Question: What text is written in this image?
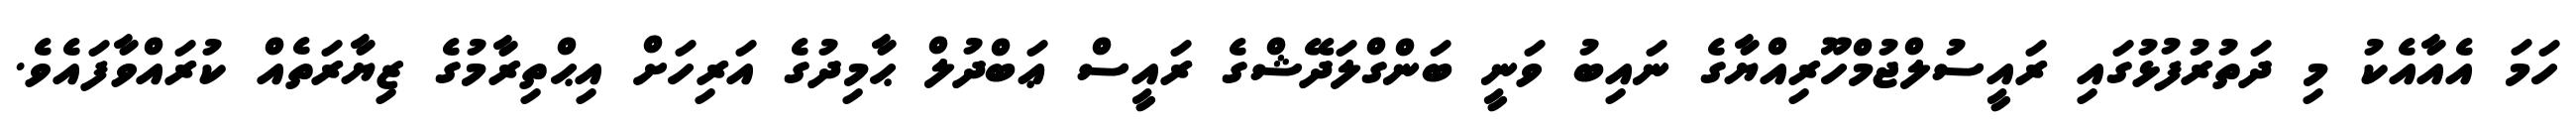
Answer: ހަމަ އެއާއެކު މި ދަތުރުފުޅުގައި ރައީސުލްޖުމްހޫރިއްޔާގެ ނައިބު ވަނީ ބަންގްލަދޭޝްގެ ރައީސް ޢަބްދުލް ޙާމިދުގެ އަރިހަށް އިޙްތިރާމުގެ ޒިޔާރަތެއް ކުރައްވާފައެވެ.